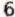
6